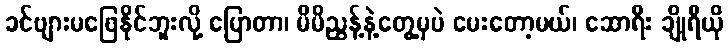
ခင်ဗျားမဖြေနိုင်ဘူးလို့ ပြောတာ၊ မိမိညွန့်နဲ့တွေ့မှပဲ မေးတော့မယ်၊ ဆောရီး ချိုရီယို